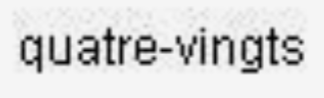
quatre-vingts